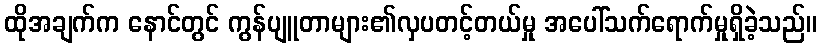
ထိုအချက်က နောင်တွင် ကွန်ပျူတာများ၏လှပတင့်တယ်မှု အပေါ်သက်ရောက်မှုရှိခဲ့သည်။